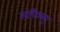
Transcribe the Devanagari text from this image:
संधिश्लूा